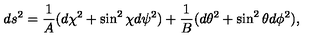
d s ^ { 2 } = { \frac { 1 } { A } } ( d \chi ^ { 2 } + \sin ^ { 2 } \chi d \psi ^ { 2 } ) + { \frac { 1 } { B } } ( d \theta ^ { 2 } + \sin ^ { 2 } \theta d \phi ^ { 2 } ) ,